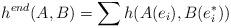
LaTeX: \begin{align*}h^{end}(A, B) = \sum h (A(e_{i}), B(e^{*}_{i}))\end{align*}